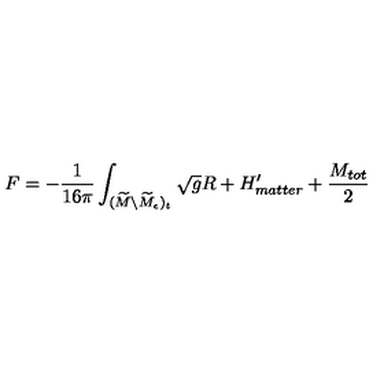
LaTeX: F = - { \frac { 1 } { 1 6 \pi } } \int _ { ( \widetilde M \backslash \widetilde M _ { \epsilon } ) _ { t } } \sqrt { g } R + H _ { m a t t e r } ^ { \prime } + { \frac { M _ { t o t } } { 2 } }